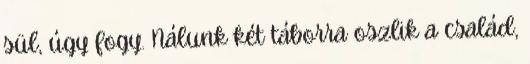
sül, úgy fogy. Nálunk két táborra oszlik a család,